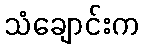
သံချောင်းက